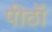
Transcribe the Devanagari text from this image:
पीठॉ